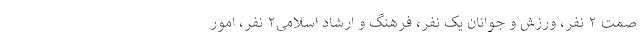
صمت ۲ نفر، ورزش و جوانان یک نفر، فرهنگ و ارشاد اسلامی٢ نفر، امور